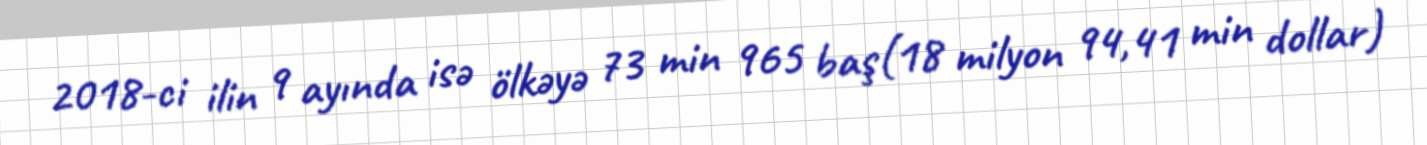
2018-ci ilin 9 ayında isə ölkəyə 73 min 965 baş(18 milyon 94,41 min dollar)